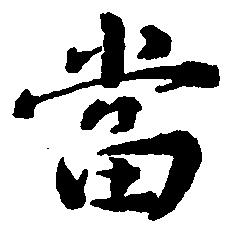
当